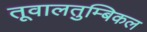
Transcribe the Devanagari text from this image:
तूवालतुम्बिकल